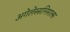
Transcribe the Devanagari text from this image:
अगेलेस्सनिमाल्स